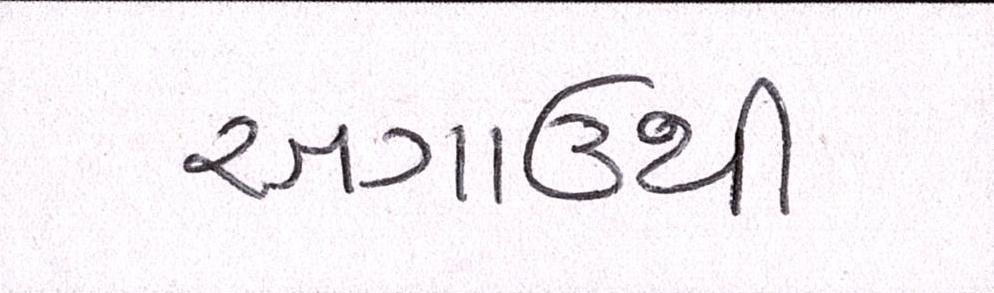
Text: અગાઉથી